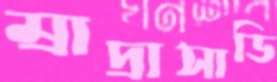
ম্রাদ্রাসাডি